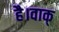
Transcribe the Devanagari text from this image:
है।वाक्